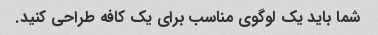
شما باید یک لوگوی مناسب برای یک کافه طراحی کنید.